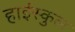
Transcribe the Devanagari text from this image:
हाईस्कुल